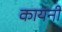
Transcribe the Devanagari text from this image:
कायनी